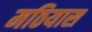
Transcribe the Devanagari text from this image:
मठियास